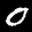
Label: 0